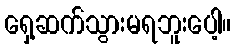
ရှေ့ဆက်သွားမရဘူးပေါ့။